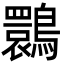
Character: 䴉